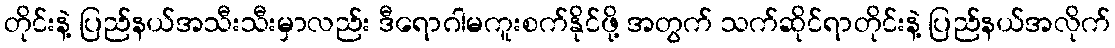
တိုင်းနဲ့ ပြည်နယ်အသီးသီးမှာလည်း ဒီရောဂါမကူးစက်နိုင်ဖို့ အတွက် သက်ဆိုင်ရာတိုင်းနဲ့ ပြည်နယ်အလိုက်